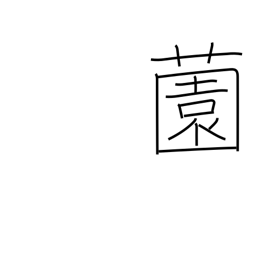
Meaning: yard